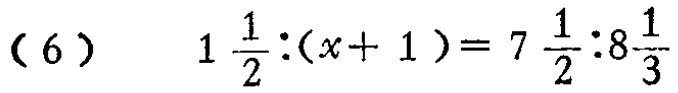
(6) \[1\frac{1}{2}:(x + 1)=7\frac{1}{2}:8\frac{1}{3}\]